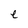
Character: e